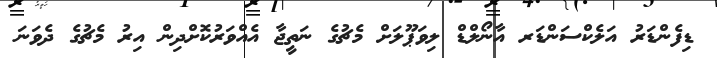
ޑިފެންޑަރު އަލެކްސަންޑަރ އާނޯލްޑް ލިވަޕޫލަށް މެޗުގެ ނަތީޖާ އެއްވަރުކޮށްދިން އިރު މެޗުގެ ދެވަނަ